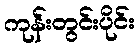
ကုန်းတွင်းပိုင်း